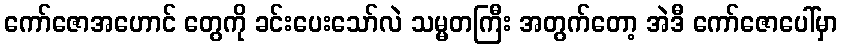
ကော်ဇောအဟောင် တွေကို ခင်းပေးသော်လဲ သမ္မတကြီး အတွက်တော့ အဲဒီ ကော်ဇောပေါ်မှာ